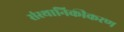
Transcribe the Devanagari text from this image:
संस्थानिकीकरण